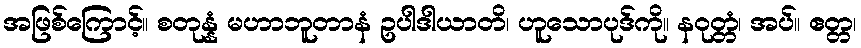
အဖြစ်ကြောင့်။ စတုန္နံ မဟာဘူတာနံ ဥပါဒါယာတိ၊ ဟူသောပုဒ်ကို။ နဝုတ္တံ၊ အပ်။ ဧတ္တ၊